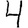
Digit: 4